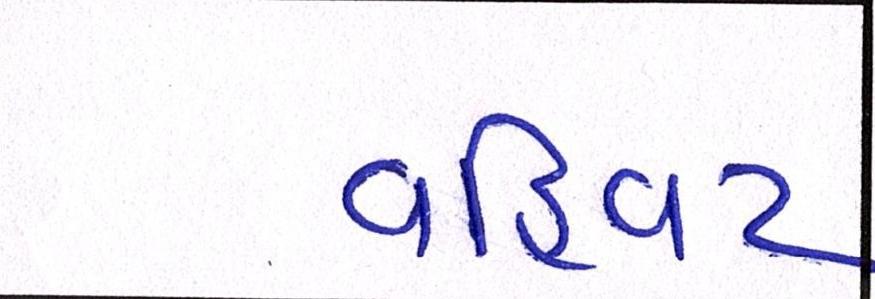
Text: વહિવટ